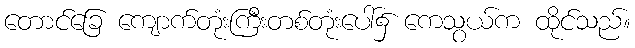
တောင်ခြေ ကျောက်တုံးကြီးတစ်တုံးပေါ်၌ ကေသွယ်က ထိုင်သည်။